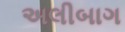
અલીબાગ